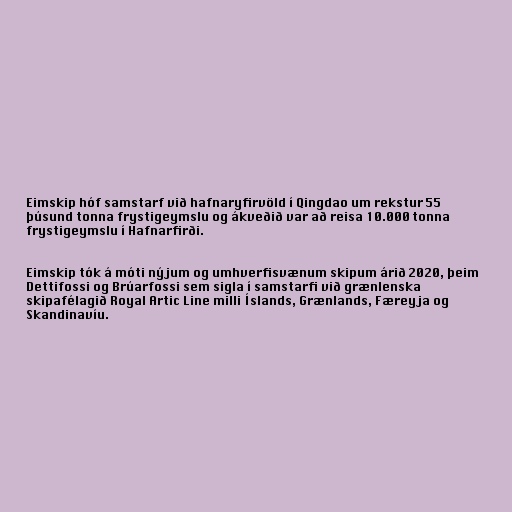
Eimskip hóf samstarf við hafnaryfirvöld í Qingdao um rekstur 55
þúsund tonna frystigeymslu og ákveðið var að reisa 10.000 tonna
frystigeymslu í Hafnarfirði.

Eimskip tók á móti nýjum og umhverfisvænum skipum árið 2020, þeim
Dettifossi og Brúarfossi sem sigla í samstarfi við grænlenska
skipafélagið Royal Artic Line milli Íslands, Grænlands, Færeyja og
Skandinavíu.